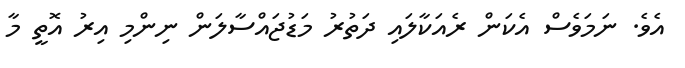
އެވެ. ނަމަވެސް އެކަން ރެއަކާލައި ދަތުރު މަޑުޖައްސާލަން ނިންމި އިރު އޮތީ މާ